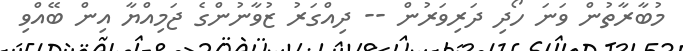
މުބާރާތުން ވަނަ ހޯދި ދަރިވަރުން -- ދިއްގަރު ޒުވާނުންގެ ޖަމިއްޔާ އިން ބޭއްވި